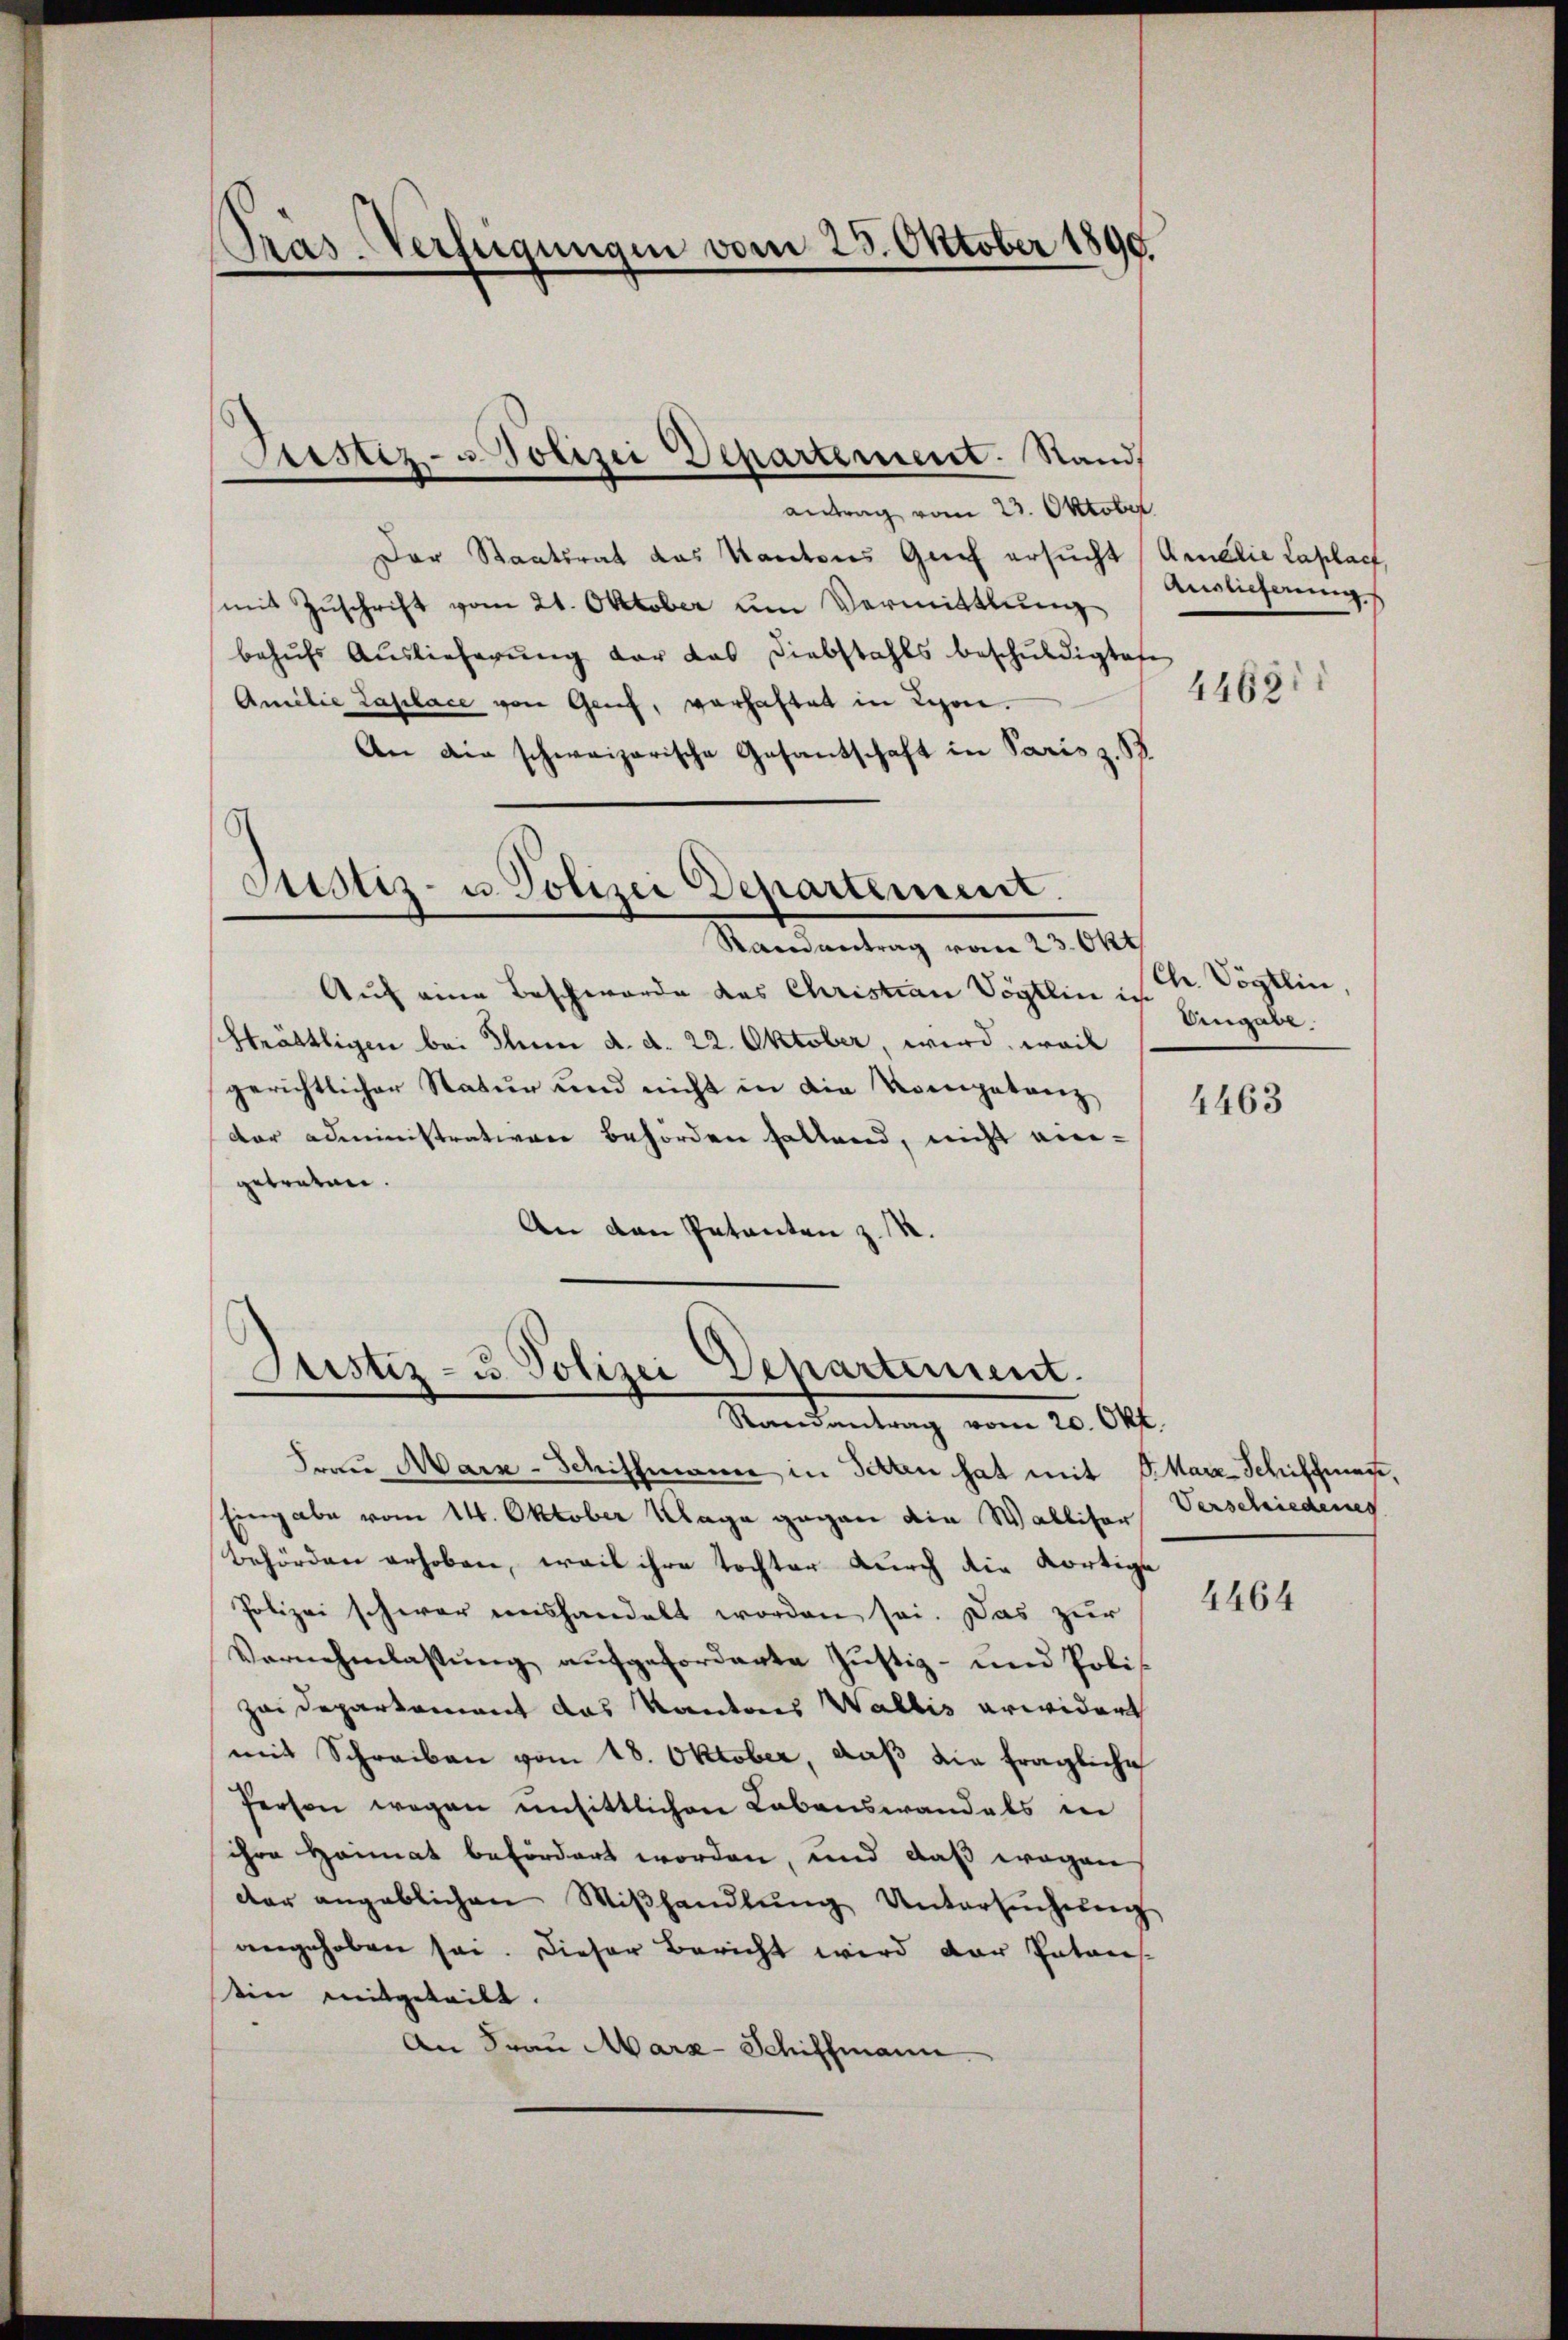
Pras-Verfügungen vom 23. Oktober 1890.

antrag vom 23. Oktober
Der Staatsrat das Kantons Genf ersucht (Annelie Laplac
mit Zuschrift vom 21. Oktober um Vermittlung
behŭfs Auslieferŭng der das Diebstahls beschŭldigten
Amilie Laplace von Genf, verhaftet in Lyon.
An die schweizerische Gesantschaft in Paris z. B.
s

Astiz- u Polizei Departement. Stand,

Justiz- u. Polizei Departement.
Randvertrag vom 23. Okt

Auf eine Beschwerde das Christian Vogtlin in
Stättigen bei Juni d. d. 22. Oktober, wird, weil
gerichtlicher Natur und nicht in die Verengetanz
der administrativen behörden haltend, nicht ein-
getreten.
An den Petenten z. R.

Justiz- u. Polizei Departement.
Randantrag vom 20. Okt.

Auslieferung.

Frau Marn-Schiffmann in Sitten hat mit Marz-Schiffmann,
Eingabe vom 14. Oktober Klage gegen die Walliser
Behörden erhoben, weil ihre tochter durch die Kortige
Polizei schwer weishandelt worden sei. Das zur
Vernehmlassŭng aŭfgeforderte Justiz- und Polis
zei Departement das Kantons Wallis erwidert
mit Schreiben vom 18. Oktober, daß die fragliche
Person wegen unsittlichen Lebenswandels in
ihre Heimat befördert worden, und daß wegen
der angeblichen Miβhandlung Untersuchung
angehoben sei. Dieser Bericht wird der Patons-
tin mitgeteilt.
An Frau Marz-Schiffmann.

4463.

Ch. Vögtlin,
Angabe.

4463

Verschiedenes

4464